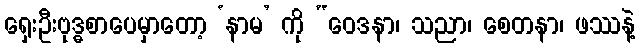
ရှေးဦးဗုဒ္ဓစာပေမှာတော့ ‘နာမ’ ကို “ဝေဒနာ၊ သညာ၊ စေတနာ၊ ဖဿနဲ့